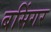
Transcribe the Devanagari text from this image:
बसिंगर